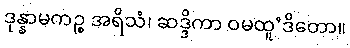
ဒုန္နာမကဉ္စ အရိသံ၊ ဆဒ္ဒိကာ ဝမထူ’ဒိတော။